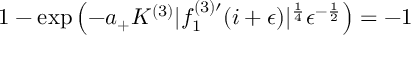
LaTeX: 1 - \exp \left( - a _ { + } K ^ { ( 3 ) } | f _ { 1 } ^ { ( 3 ) \prime } ( i + \epsilon ) | ^ { \frac { 1 } { 4 } } \epsilon ^ { - \frac { 1 } { 2 } } \right) = - 1